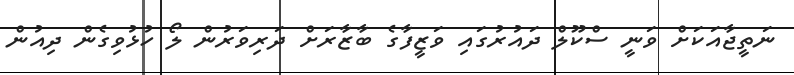
ނަތީޖާއަކަށް ވަނީ ސްކޫލް ދައުރުގައި ވަޒީފާގެ ބާޒާރަށް ދަރިވަރުން ލޯ ހުޅުވިގެން ދިއުން